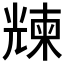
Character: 𠒵